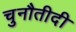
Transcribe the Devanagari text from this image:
चुनौतीदी